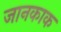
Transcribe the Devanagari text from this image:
जानकाक